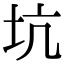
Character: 坑